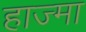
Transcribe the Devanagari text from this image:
हाज्मा